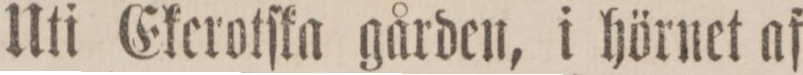
Uti Ekerotſka gården, i hörnet af